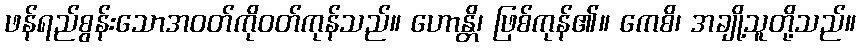
ဖန်ရည်စွန်းသောအဝတ်ကိုဝတ်ကုန်သည်။ ဟောန္တိ၊ ဖြစ်ကုန်၏။ ကေစိ၊ အချို့သူတို့သည်။